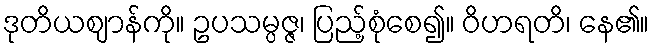
ဒုတိယဈာန်ကို။ ဥပသမ္ပဇ္ဇ၊ ပြည့်စုံစေ၍။ ဝိဟရတိ၊ နေ၏။